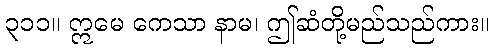
၃၁၁။ ဣမေ ကေသာ နာမ၊ ဤဆံတို့မည်သည်ကား။